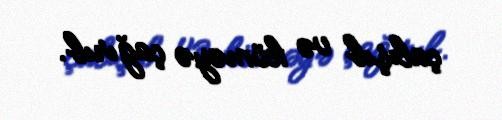
çalışıb və köməyə çağırıb.